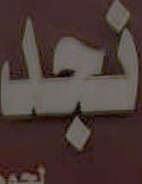
نجد